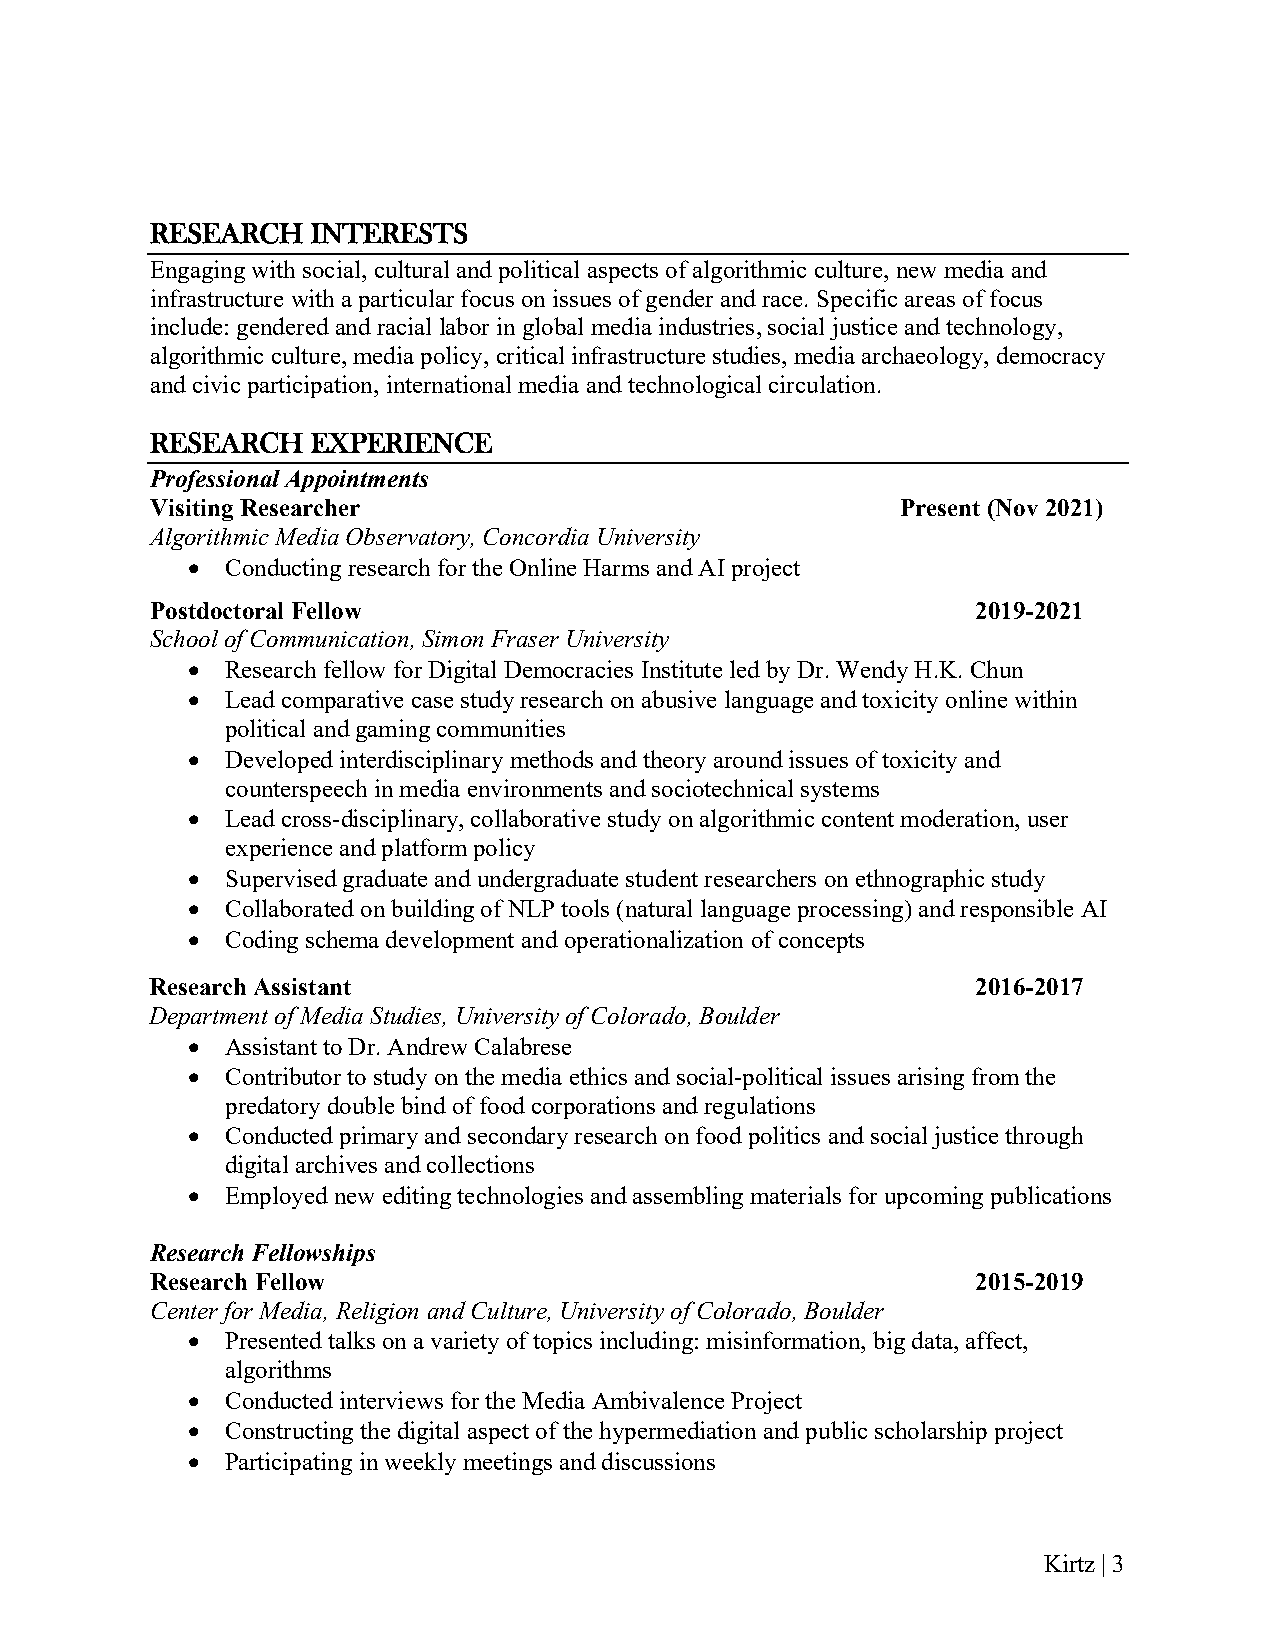
RESEARCH   INTERESTS
 Engaging with social, cultural and political aspects of algorithmic culture, new media and
 infrastructure with a particular focus on issues of gender and race. Specific areas of focus
 include: gendered and racial labor in global media industries, social justice and technology,
 algorithmic culture, media policy, critical infrastructure studies, media archaeology, democracy
 and civic participation, international media and technological circulation.
 RESEARCH   EXPERIENCE
 Professional Appointments
 Visiting Researcher                               Present (Nov 2021)
 Algorithmic Media Observatory, Concordia University
 •  Conducting research for the Online Harms and AI project
 Postdoctoral Fellow                                    2019-2021
 School of Communication, Simon Fraser University
 •  Research fellow for Digital Democracies Institute led by Dr. Wendy H.K. Chun
 •  Lead comparative case study research on abusive language and toxicity online within
 political and gaming communities
 •  Developed interdisciplinary methods and theory around issues of toxicity and
 counterspeech in media environments and sociotechnical systems
 •  Lead cross-disciplinary, collaborative study on algorithmic content moderation, user
 experience and platform policy
 •  Supervised graduate and undergraduate student researchers on ethnographic study
 •  Collaborated on building of NLP tools (natural language processing) and responsible AI
 •  Coding schema development and operationalization of concepts
 Research Assistant                                     2016-2017
 Department of Media Studies, University of Colorado, Boulder
 •  Assistant to Dr. Andrew Calabrese
 •  Contributor to study on the media ethics and social-political issues arising from the
 predatory double bind of food corporations and regulations
 •  Conducted primary and secondary research on food politics and social justice through
 digital archives and collections
 •  Employed new editing technologies and assembling materials for upcoming publications
 Research Fellowships
 Research Fellow                                        2015-2019
 Center for Media, Religion and Culture, University of Colorado, Boulder
 •  Presented talks on a variety of topics including: misinformation, big data, affect,
 algorithms
 •  Conducted interviews for the Media Ambivalence Project
 •  Constructing the digital aspect of the hypermediation and public scholarship project
 •  Participating in weekly meetings and discussions
 Kirtz | 3